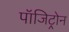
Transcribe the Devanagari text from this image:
पॉजिट्रोन